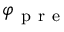
\varphi _ { \mathrm { ~ p ~ r ~ e ~ } }